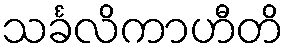
သင်္ခလိကာဟီတိ